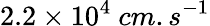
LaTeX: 2.2\times 10^{4}\ cm.s^{-1}